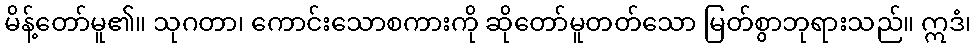
မိန့်တော်မူ၏။ သုဂတာ၊ ကောင်းသောစကားကို ဆိုတော်မူတတ်သော မြတ်စွာဘုရားသည်။ ဣဒံ၊